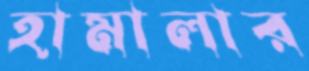
হামালার